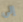
إلى